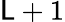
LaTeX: \mathsf{L}+1